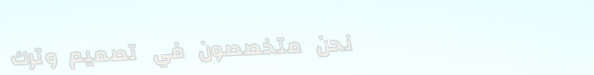
نحن متخصصون في تصميم وترك